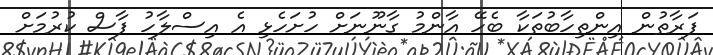
ފަރާތުން އިންތިހާބުތަކާ ބެހޭ އާންމު ގާނޫނަށް ހުށަހެޅި އެ އިސްލާހު ފާސް ކުރުމަށް